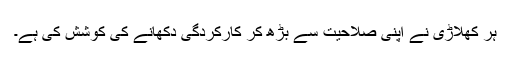
ہر کھلاڑی نے اپنی صلاحیت سے بڑھ کر کارکردگی دکھانے کی کوشش کی ہے۔